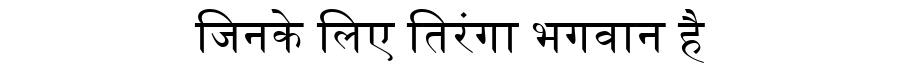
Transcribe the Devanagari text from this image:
जिनके लिए तिरंगा भगवान है